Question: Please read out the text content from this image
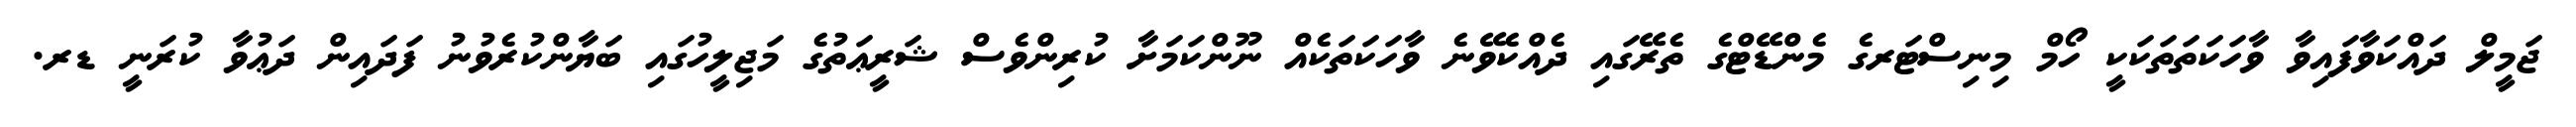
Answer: ޖަމީލް ދައްކަވާފައިވާ ވާހަކަތަތަކަކީ ހޯމް މިނިސްޓަރގެ މެންޑޭޓްގެ ތެރޭގައި ދެއްކެވޭނެ ވާހަކަތަކެއް ނޫންކަމަށާ ކުރިންވެސް ޝަރީޢަތުގެ މަޖިލީހުގައި ބަޔާންކުރެވުނު ފަދައިން ދަޢުވާ ކުރަނީ ޑރ.